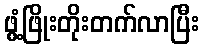
ဖွံ့ဖြိုးတိုးတက်လာပြီး